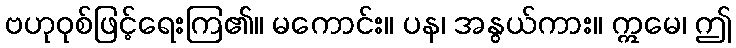
ဗဟုဝုစ်ဖြင့်ရေးကြ၏။ မကောင်း။ ပန၊ အနွယ်ကား။ ဣမေ၊ ဤ